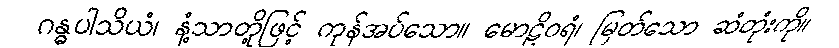
ဂန္ဓပါသိယံ၊ နံ့သာတို့ဖြင့် ကုန်အပ်သော။ မောဠိဝရံ၊ မြတ်သော ဆံတုံးကို။